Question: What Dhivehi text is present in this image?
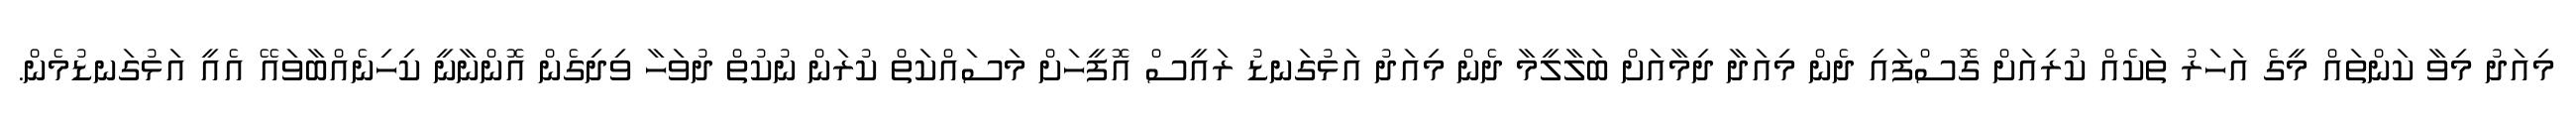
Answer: މިއަދު މިވާ ކަންތައް މީގެ އަހަރު ތަކެއް ކުރިއަށް ގޮސްފައި ދެން މިއަދާ ދިމާއަށް ބަލާލީމާ ދެން މިއަދު އަޅުގަނޑު ރައީސް އޮފީހަށް މަސައްކަތް ކުރަން ނުކުތް ދުވަހާ ވިދިގެން އޮންނާނީ ކިހިނެއްބާވައޭ އެއީ އަޅުގަނޑުމެން.